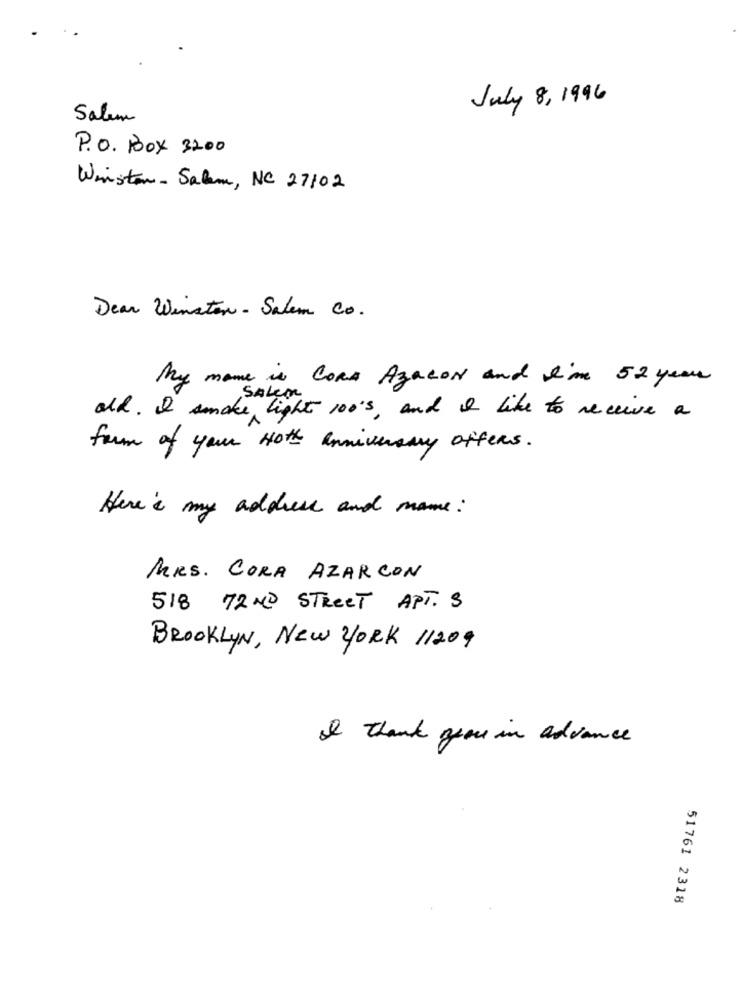
July 8, 1996
Salem
P.O. Box 3200
Winston- Salem, NC 27102
Dear Winston - Salem Co.
My name is Coas Azacon and I'm 52 years
SALEM
alk. I amake light 100's, and I like to receive a
form of your Hoth anniversary offers.
Here's my address and name :
MRS. CORA AZARCON
518 72 ND STREET APT. 3
BROOKLYN, New YORK 11209
I thank you in advance
51761 2318